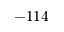
- 1 1 4